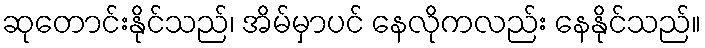
ဆုတောင်းနိုင်သည်၊ အိမ်မှာပင် နေလိုကလည်း နေနိုင်သည်။